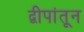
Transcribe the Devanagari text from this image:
द्वीपांतून